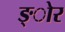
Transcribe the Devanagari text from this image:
ङ्ोर